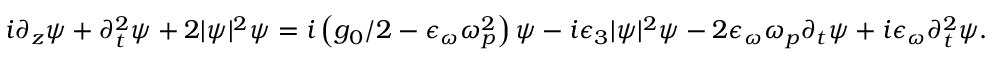
\begin{array} { r } { i \partial _ { z } \psi + \partial _ { t } ^ { 2 } \psi + 2 | \psi | ^ { 2 } \psi = i \left( g _ { 0 } / 2 - \epsilon _ { \omega } \omega _ { p } ^ { 2 } \right) \psi - i \epsilon _ { 3 } | \psi | ^ { 2 } \psi - 2 \epsilon _ { \omega } \omega _ { p } \partial _ { t } \psi + i \epsilon _ { \omega } \partial _ { t } ^ { 2 } \psi . } \end{array}